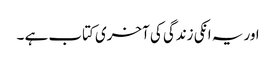
اور یہ انکی زندگی کی آخری کتاب ہے ۔